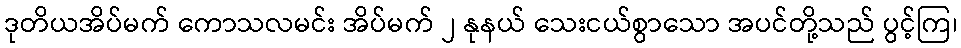
ဒုတိယအိပ်မက် ကောသလမင်း အိပ်မက် ၂ နုနယ် သေးငယ်စွာသော အပင်တို့သည် ပွင့်ကြ၊